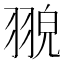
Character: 𦑀